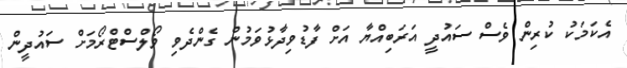
އެކަމަކު ކުރިން ވެސް ސައުދީ އަރަބިއްޔާ އަށް ފާޑުވިދާޅުވަމުން ގެންދެވި ވޯލްސްޓްރޯމަށް ސައުދީން